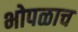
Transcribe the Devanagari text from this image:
भोपळाच